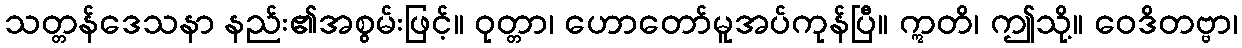
သတ္တန်ဒေသနာ နည်း၏အစွမ်းဖြင့်။ ဝုတ္တာ၊ ဟောတော်မူအပ်ကုန်ပြီ။ ဣတိ၊ ဤသို့။ ဝေဒိတဗ္ဗာ၊